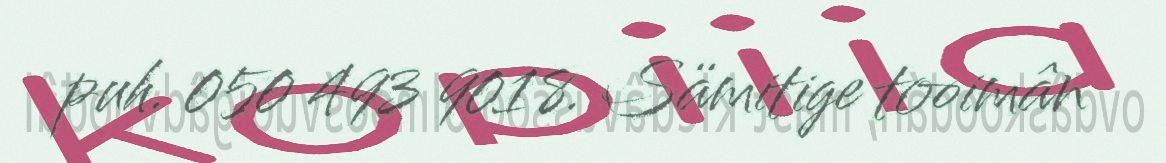
puh. 050 493 9018. Sämitige tooimân